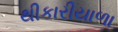
થીકારીયાળા